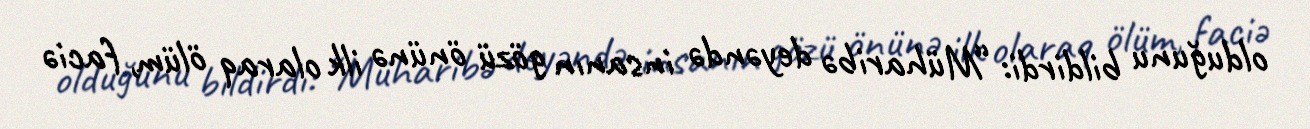
olduğunu bildirdi: “Müharibə deyəndə insanın gözü önünə ilk olaraq ölüm, faciə